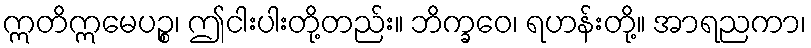
ဣတိဣမေပဉ္စ၊ ဤငါးပါးတို့တည်း။ ဘိက္ခဝေ၊ ရဟန်းတို့။ အာရညကာ၊